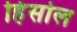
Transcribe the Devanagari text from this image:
हिंसोल